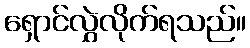
ရှောင်လွှဲလိုက်ရသည်။